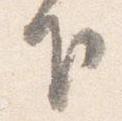
下